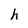
Character: h